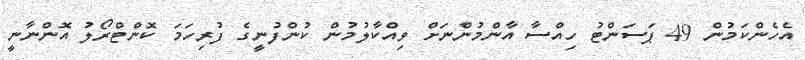
އެހެންކަމުން 49 ޕަސަންޓު ހިއްސާ އާންމުންނަށް ވިއްކާލުމުން ކުންފުނީގެ ފުރިހަމަ ކޮންޓްރޯލު އޮންނާނީ